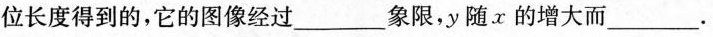
位长度得到的，它的图像经过______象限，y随x的增大而____